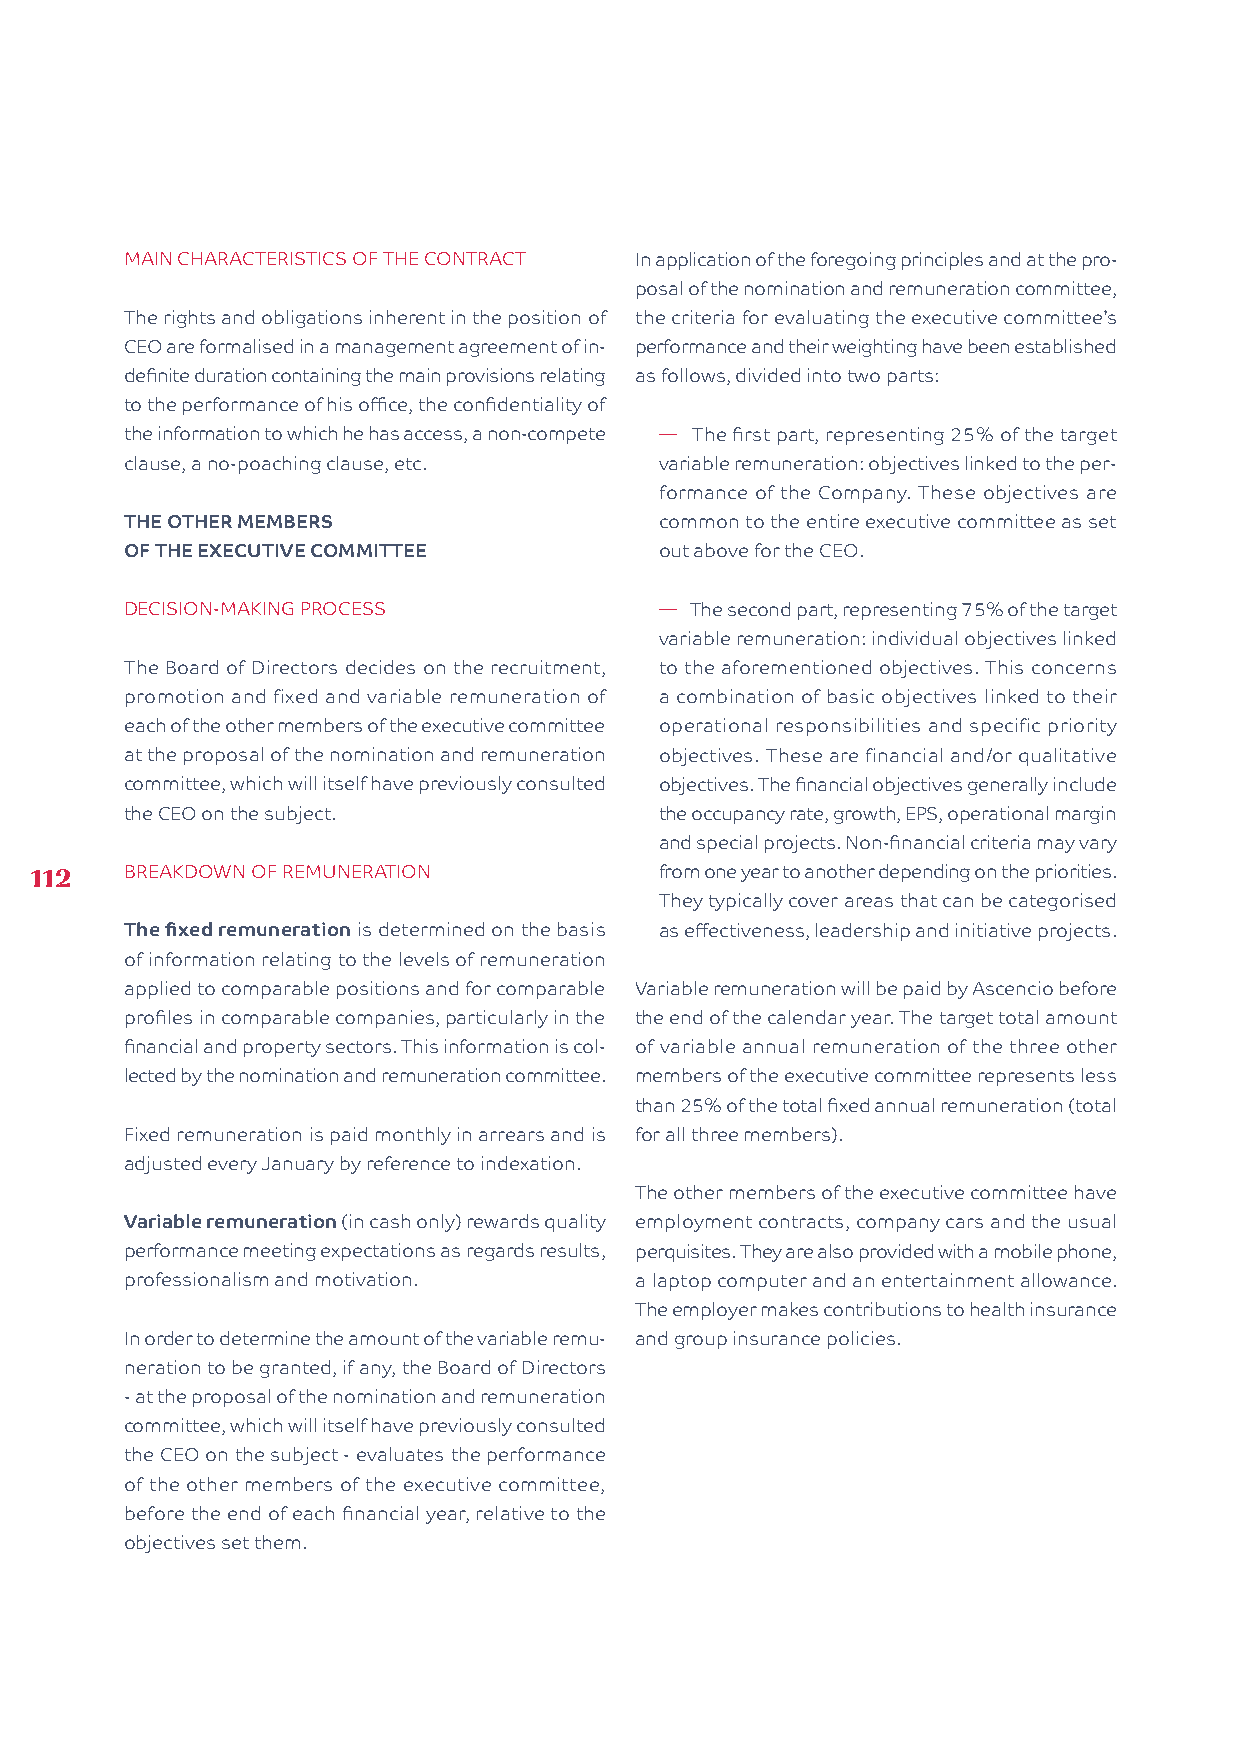
MAIN CHARACTERISTICS OF THE CONTRACT In application of the foregoing principles and at the pro-
 posal of the nomination and remuneration committee,
 The rights and obligations inherent in the position of the criteria for evaluating the executive committee’s
 CEO are formalised in a management agreement of in- performance and their weighting have been established
 definite duration containing the main provisions relating as follows, divided into two parts:
 to the performance of his office, the confidentiality of
 the information to which he has access, a non-compete � The first part, representing 25% of the target
 clause, a no-poaching clause, etc.  variable remuneration: objectives linked to the per-
 formance of the Company. These objectives are
 THE OTHER MEMBERS                   common to the entire executive committee as set
 OF THE EXECUTIVE COMMITTEE          out above for the CEO.
 DECISION-MAKING PROCESS             � The second part, representing 75% of the target
 variable remuneration: individual objectives linked
 The Board of Directors decides on the recruitment, to the aforementioned objectives. This concerns
 promotion and fixed and variable remuneration of a combination of basic objectives linked to their
 each of the other members of the executive committee operational responsibilities and specific priority
 at the proposal of the nomination and remuneration objectives. These are financial and/or qualitative
 committee, which will itself have previously consulted objectives. The financial objectives generally include
 the CEO on the subject.             the occupancy rate, growth, EPS, operational margin
 and special projects. Non-financial criteria may vary
 112   BREAKDOWN OF REMUNERATION           from one year to another depending on the priorities.
 They typically cover areas that can be categorised
 The fixed remuneration is determined on the basis as effectiveness, leadership and initiative projects.
 of information relating to the levels of remuneration
 applied to comparable positions and for comparable Variable remuneration will be paid by Ascencio before
 profiles in comparable companies, particularly in the the end of the calendar year. The target total amount
 financial and property sectors. This information is col- of variable annual remuneration of the three other
 lected by the nomination and remuneration committee. members of the executive committee represents less
 than 25% of the total fixed annual remuneration (total
 Fixed remuneration is paid monthly in arrears and is for all three members).
 adjusted every January by reference to indexation.
 The other members of the executive committee have
 Variable remuneration (in cash only) rewards quality employment contracts, company cars and the usual
 performance meeting expectations as regards results, perquisites. They are also provided with a mobile phone,
 professionalism and motivation.   a laptop computer and an entertainment allowance.
 The employer makes contributions to health insurance
 In order to determine the amount of the variable remu- and group insurance policies.
 neration to be granted, if any, the Board of Directors
 - at the proposal of the nomination and remuneration
 committee, which will itself have previously consulted
 the CEO on the subject - evaluates the performance
 of the other members of the executive committee,
 before the end of each financial year, relative to the
 objectives set them.